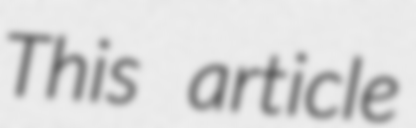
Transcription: This article